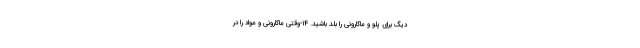
دیگ برای پلو و ماکارونی را بلد باشید. ۱۴-وقتی ماکارونی و مواد را در